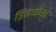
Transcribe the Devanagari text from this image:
डिंबकोश